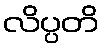
လိပ္ပတိ